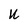
Character: U